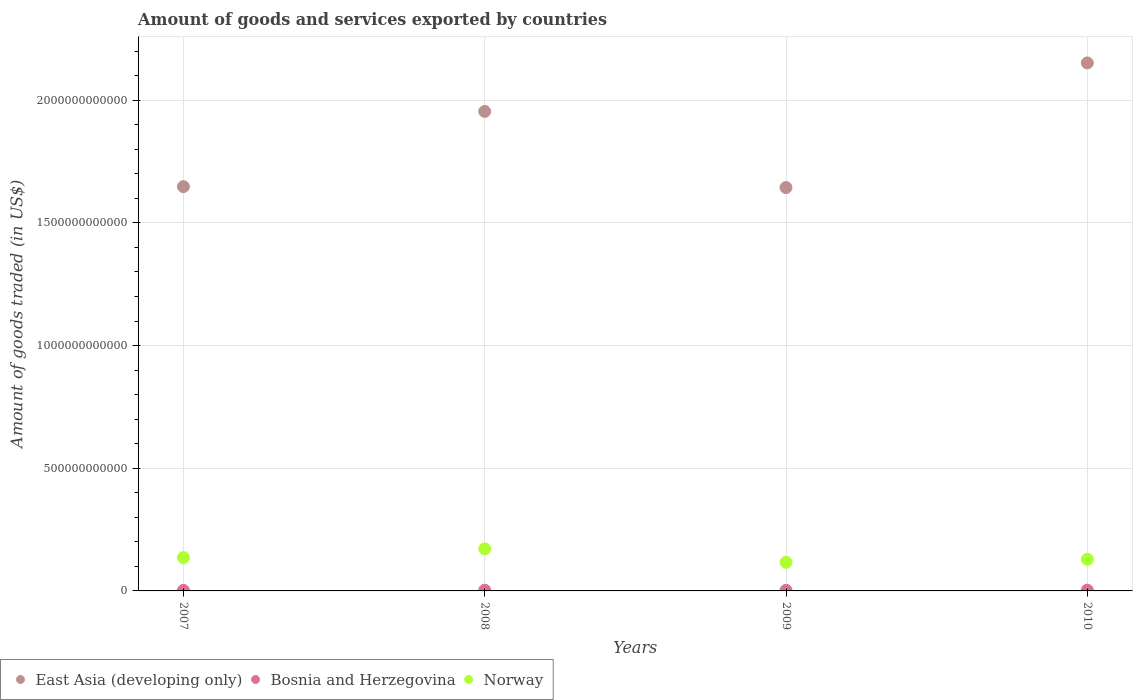
| Years | East Asia (developing only) | Bosnia and Herzegovina | Norway |
 | --- | --- | --- | --- |
 | 2007 | 1.65e+12 | 2.3e+09 | 1.36e+11 |
 | 2008 | 1.95e+12 | 2.93e+09 | 1.72e+11 |
 | 2009 | 1.64e+12 | 2.55e+09 | 1.17e+11 |
 | 2010 | 2.15e+12 | 3.23e+09 | 1.29e+11 |